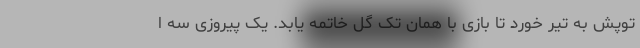
توپش به تیر خورد تا بازی با همان تک گل خاتمه یابد. یک پیروزی سه ا